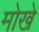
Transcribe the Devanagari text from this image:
मोखे